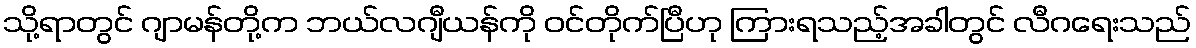
သို့ရာတွင် ဂျာမန်တို့က ဘယ်လဂျီယန်ကို ဝင်တိုက်ပြီဟု ကြားရသည့်အခါတွင် လီဂရေးသည်